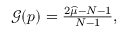
\begin{array} { r } { \mathcal { G } ( \boldsymbol { p } ) = \frac { 2 \widehat { \mu } - N - 1 } { N - 1 } , } \end{array}